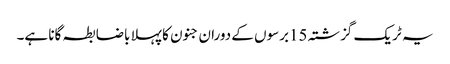
یہ ٹریک گزشتہ 15برسوں کے دوران جنون کا پہلا باضابطہ گانا ہے۔